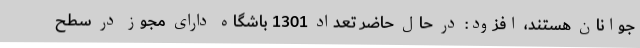
جوانان هستند، افزود: در حال حاضر تعداد 1301 باشگاه دارای مجوز در سطح